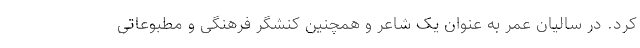
کرد. در سالیان عمر به عنوان یک شاعر و همچنین کنشگر فرهنگی و مطبوعاتی